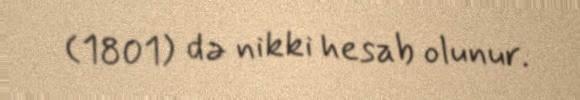
(1801) də nikki hesab olunur.